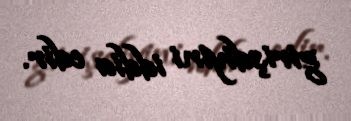
girişdiyini iddia edir.